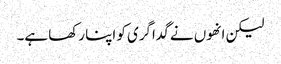
لیکن انھوں نے گداگری کو اپنا رکھا ہے۔